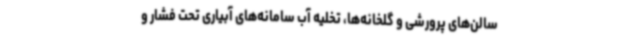
سالن‌های پرورشی و گلخانه‌ها، تخلیه آب سامانه‌های آبیاری تحت فشار و